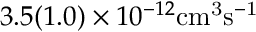
3 . 5 ( 1 . 0 ) \times 1 0 ^ { - 1 2 } \mathrm { { c m } ^ { 3 } \mathrm { { s } ^ { - 1 } } }